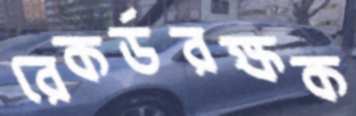
রেকর্ডরক্ষক